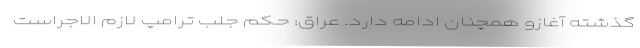
گذشته آغازو همچنان ادامه دارد. عراق: حکم جلب ترامپ لازم الاجراست